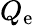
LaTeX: Q_{\mathrm{e}}